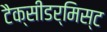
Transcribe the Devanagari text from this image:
टैक्सीडर्मिस्ट